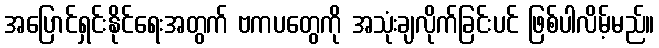
အပြောင်ရှင်းနိုင်ရေးအတွက် ဗကပတွေကို အသုံးချလိုက်ခြင်းပင် ဖြစ်ပါလိမ့်မည်။